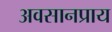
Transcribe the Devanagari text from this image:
अवसानप्राय